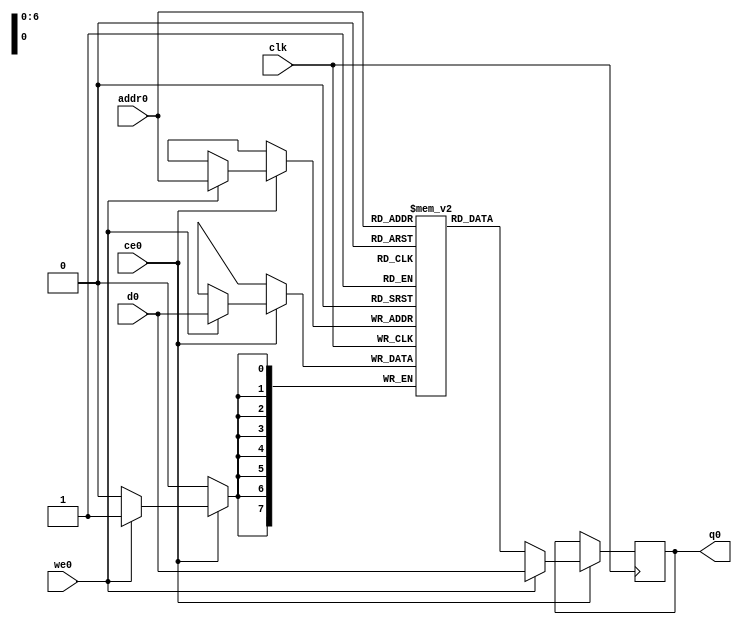
// ==============================================================
// File generated by Vivado(TM) HLS - High-Level Synthesis from C, C++ and SystemC
// Version: 2018.2
// Copyright (C) 1986-2018 Xilinx, Inc. All Rights Reserved.
// 
// ==============================================================

`timescale 1 ns / 1 ps
module matrix_multiply_tfT5_ram (addr0, ce0, d0, we0, q0,  clk);

parameter DWIDTH = 8;
parameter AWIDTH = 7;
parameter MEM_SIZE = 128;

input[AWIDTH-1:0] addr0;
input ce0;
input[DWIDTH-1:0] d0;
input we0;
output reg[DWIDTH-1:0] q0;
input clk;

(* ram_style = "block" *)reg [DWIDTH-1:0] ram[0:MEM_SIZE-1];




always @(posedge clk)  
begin 
    if (ce0) 
    begin
        if (we0) 
        begin 
            ram[addr0] <= d0; 
            q0 <= d0;
        end 
        else 
            q0 <= ram[addr0];
    end
end


endmodule


`timescale 1 ns / 1 ps
module matrix_multiply_tfT5(
    reset,
    clk,
    address0,
    ce0,
    we0,
    d0,
    q0);

parameter DataWidth = 32'd8;
parameter AddressRange = 32'd128;
parameter AddressWidth = 32'd7;
input reset;
input clk;
input[AddressWidth - 1:0] address0;
input ce0;
input we0;
input[DataWidth - 1:0] d0;
output[DataWidth - 1:0] q0;



matrix_multiply_tfT5_ram matrix_multiply_tfT5_ram_U(
    .clk( clk ),
    .addr0( address0 ),
    .ce0( ce0 ),
    .we0( we0 ),
    .d0( d0 ),
    .q0( q0 ));

endmodule